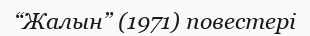
“Жалын” (1971) повестері